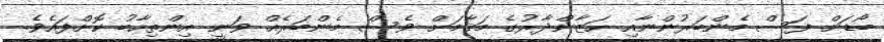
ބޯޑަށް ފަސް މެންބަރުންނާއި ހަޒާންދާރުގެ މަޤާމަށް ވެސް މެންބަރެއް ވަނީ އިންތިހާބު ކޮށްފައެވެ.